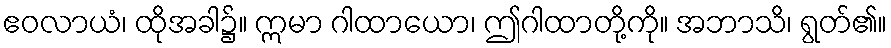
ဧဝလာယံ၊ ထိုအခါ၌။ ဣမာ ဂါထာယော၊ ဤဂါထာတို့ကို။ အဘာသိ၊ ရွတ်၏။